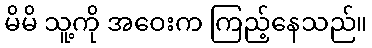
မိမိ သူ့ကို အဝေးက ကြည့်နေသည်။